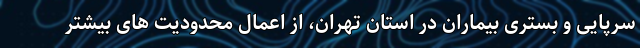
سرپایی و بستری بیماران در استان تهران، از اعمال محدودیت های بیشتر